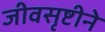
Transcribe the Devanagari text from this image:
जीवसृष्टीने